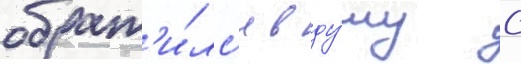
обрат'и́лс'я в ду́му с